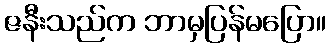
ဇနီးသည်က ဘာမှပြန်မပြော။